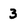
Character: 3